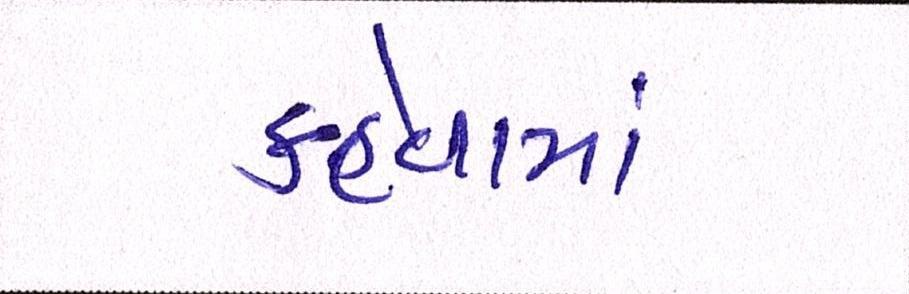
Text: કહેવામાં